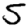
Digit: 5